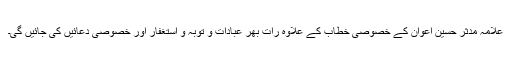
علامہ مدثر حسین اعوان کے خصوصی خطاب کے علاوہ رات بھر عبادات و توبہ و استغفار اور خصوصی دعائیں کی جائیں گی۔